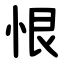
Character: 恨